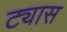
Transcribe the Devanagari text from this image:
ट्यास